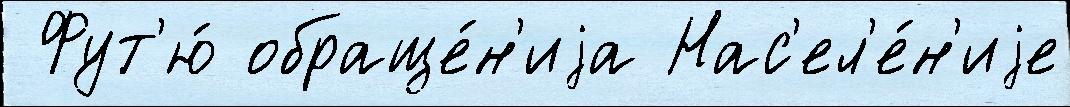
 Фут'ю́ обраще́н'иjа Нас'ел'е́н'иjе